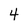
Character: 4